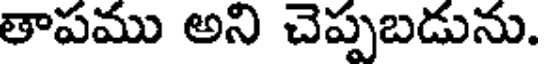
తాపము అని చెప్పబడును.